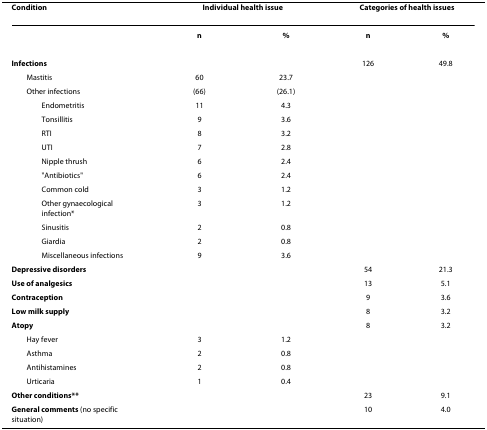
<table><thead><tr><td><b>Condition</b></td><td colspan="2"><b>Individual health issue</b></td><td colspan="2"><b>Categories of health issues</b></td></tr></thead><tbody><tr><td></td><td><b>n</b></td><td><b>%</b></td><td><b>n</b></td><td><b>%</b></td></tr><tr><td><b>Infections</b></td><td></td><td></td><td>126</td><td>49.8</td></tr><tr><td> Mastitis</td><td>60</td><td>23.7</td><td></td><td></td></tr><tr><td> Other infections</td><td>(66)</td><td>(26.1)</td><td></td><td></td></tr><tr><td>Endometritis</td><td>11</td><td>4.3</td><td></td><td></td></tr><tr><td>Tonsillitis</td><td>9</td><td>3.6</td><td></td><td></td></tr><tr><td>RTI</td><td>8</td><td>3.2</td><td></td><td></td></tr><tr><td>UTI</td><td>7</td><td>2.8</td><td></td><td></td></tr><tr><td>Nipple thrush</td><td>6</td><td>2.4</td><td></td><td></td></tr><tr><td>&quot;Antibiotics&quot;</td><td>6</td><td>2.4</td><td></td><td></td></tr><tr><td>Common cold</td><td>3</td><td>1.2</td><td></td><td></td></tr><tr><td>Other gynaecological infection*</td><td>3</td><td>1.2</td><td></td><td></td></tr><tr><td>Sinusitis</td><td>2</td><td>0.8</td><td></td><td></td></tr><tr><td>Giardia</td><td>2</td><td>0.8</td><td></td><td></td></tr><tr><td>Miscellaneous infections</td><td>9</td><td>3.6</td><td></td><td></td></tr><tr><td><b>Depressive disorders</b></td><td></td><td></td><td>54</td><td>21.3</td></tr><tr><td><b>Use of analgesics</b></td><td></td><td></td><td>13</td><td>5.1</td></tr><tr><td><b>Contraception</b></td><td></td><td></td><td>9</td><td>3.6</td></tr><tr><td><b>Low milk supply</b></td><td></td><td></td><td>8</td><td>3.2</td></tr><tr><td><b>Atopy</b></td><td></td><td></td><td>8</td><td>3.2</td></tr><tr><td> Hay fever</td><td>3</td><td>1.2</td><td></td><td></td></tr><tr><td> Asthma</td><td>2</td><td>0.8</td><td></td><td></td></tr><tr><td> Antihistamines</td><td>2</td><td>0.8</td><td></td><td></td></tr><tr><td> Urticaria</td><td>1</td><td>0.4</td><td></td><td></td></tr><tr><td><b>Other conditions**</b></td><td></td><td></td><td>23</td><td>9.1</td></tr><tr><td><b>General comments </b>(no specific situation)</td><td></td><td></td><td>10</td><td>4.0</td></tr></tbody></table>